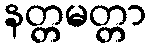
နတ္တမတ္တာ